Annual report of the Bengal Veterinary College and of the Civil Veterinary Department, Bengal, for the year 1899-1900 - 1899-1900
Year: 1899
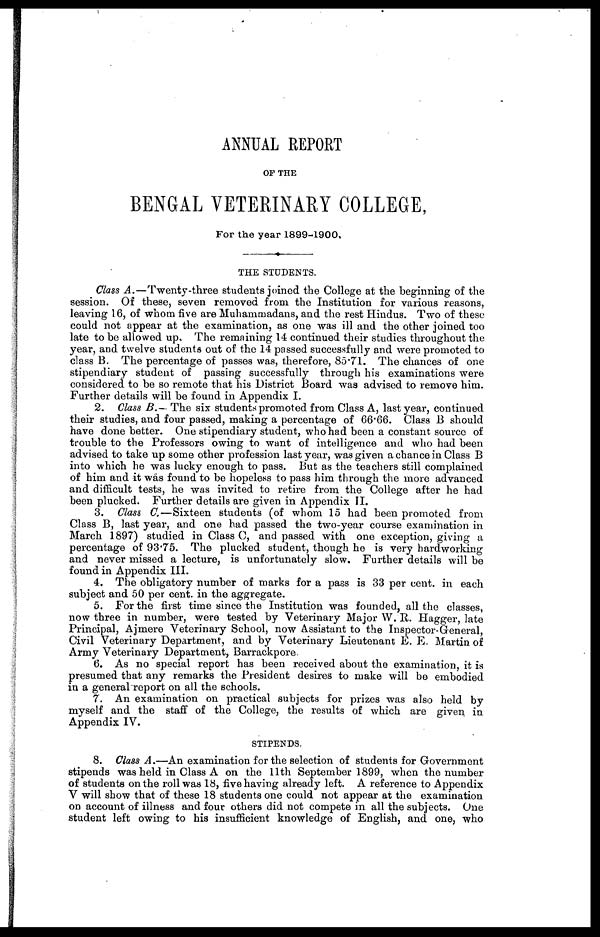
ANNUAL REPORT
OP THE
BENGAL VETERINARY COLLEGE,
For the year 1899-1900,
THE STUDENTS.
Class A.—Twenty-three
students joined the College at the beginning of the
session. Of these, seven removed from the Institution for various reasons,
leaving 16, of whom five are Muhamrnadans, and the rest Hindus. Two of these
could not appear at the examination, as one was ill and the other joined too
late to be allowed up. The remaining 14 continued their studies throughout the
year, and twelve students out of the 14 passed successfully and were promoted to
class B. The percentage of passes was, therefore, 85.71. The chances of one
stipendiary student of passing successfully through his examinations were
considered to be so remote that his District Board wa3 advised to remove him.
Further details will be found in Appendix I.
2. Class B.- The six students promoted from Class A, last year, continued
their studies, and four passed, making a percentage of 66.66. Class B should
have done better. One stipendiary student, who had been a constant source of
trouble to the Professors owing to want of intelligence and who had been
advised to take up some other profession last year, was given a chance in Class B
into which he was lucky enough to pass. But as the teachers still complained
of him and it was found to be hopeless to pass him through the more advanced
and difficult tests, he was invited to retire from the College after he had
been plucked. Further details are given in Appendix II.
3. Class C.—Sixteen students (of whom 15 had been promoted from
Class B, last year, and one had passed the two-year course examination in
March 1897) studied in Class C, and passed with one exception, giving a
percentage of 93.75. The plucked student, though he is very hardworking
and never missed a lecture, is unfortunately slow. Further details will be
found in Appendix III.
4. The obligatory number of marks for a pass is 33 per cent. in each
subject and 50 per cent. in the aggregate.
5. For the first time since the Institution was founded, all the classes,
now three in number, were tested by Veterinary Major W. R. Hagger, late
Principal, Ajmere Veterinary School, now Assistant to the Inspector-General,
Civil Veterinary Department, and by Veterinary Lieutenant E. E. Martin of
Army Veterinary Department, Barrackpore
6. As no special report has been received about the examination, it is
presumed that any remarks the President desires to make will be embodied
in a general report on all the schools.
7. An examination on practical subjects for prizes was also held by
myself and the staff of the College, the results of which are given in
Appendix IV.
STIPENDS.
8. Class A.—An examination for the selection of students for Government
stipends was held in Class A on the 11th September 1899, when the number
of students on the roll was 18, five having already left. A reference to Appendix
V will show that of these 18 students one could not appear at the examination
on account of illness and four others did not compete in all the subjects. One
student left owing to his insufficient knowledge of English, and one, who